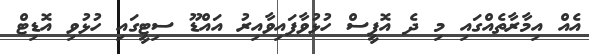
އެއް އިމާރާތެއްގައި މި ދެ އޮފީސް ހުޅުވާފައިވާއިރު އައްޑޫ ސިޓީގައި ހުޅުވި އޮޑިޓް